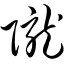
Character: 陇